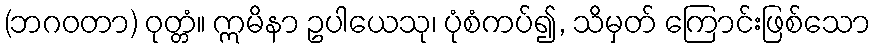
(ဘဂဝတာ) ဝုတ္တံ။ ဣမိနာ ဥပါယေသု၊ ပုံစံကပ်၍, သိမှတ် ကြောင်းဖြစ်သော